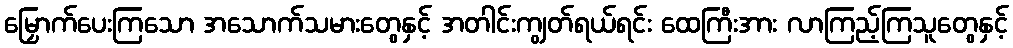
မြှောက်ပေးကြသော အသောက်သမားတွေနှင့် အတါင်းကျွတ်ရယ်ရင်း ထေကြီးအား လာကြည့်ကြသူတွေနှင့်